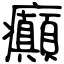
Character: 癲